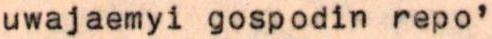
uwajaemyi gospodin repo'